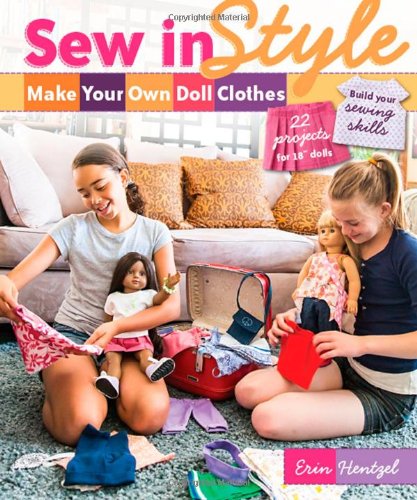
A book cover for Sew in StyleMake Your Own Doll Clothes: 22 Projects for 18" Dolls  Build Your Sewing Skills; Erin Hentzel; Crafts, Hobbies & Home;